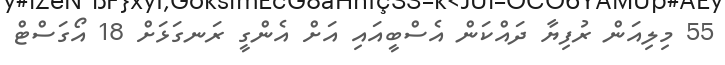
55 މިލިއަން ރުފިޔާ ދައްކަން އެސްބީއައި އަށް އެންގީ ރަނގަޅަށް 18 އޯގަސްޓް